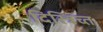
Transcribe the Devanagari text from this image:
दिस्त्रिच्त